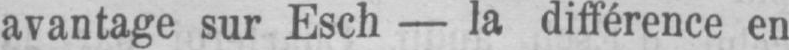
avantage sur Esch - la différence en